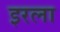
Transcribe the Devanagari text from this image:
इरला